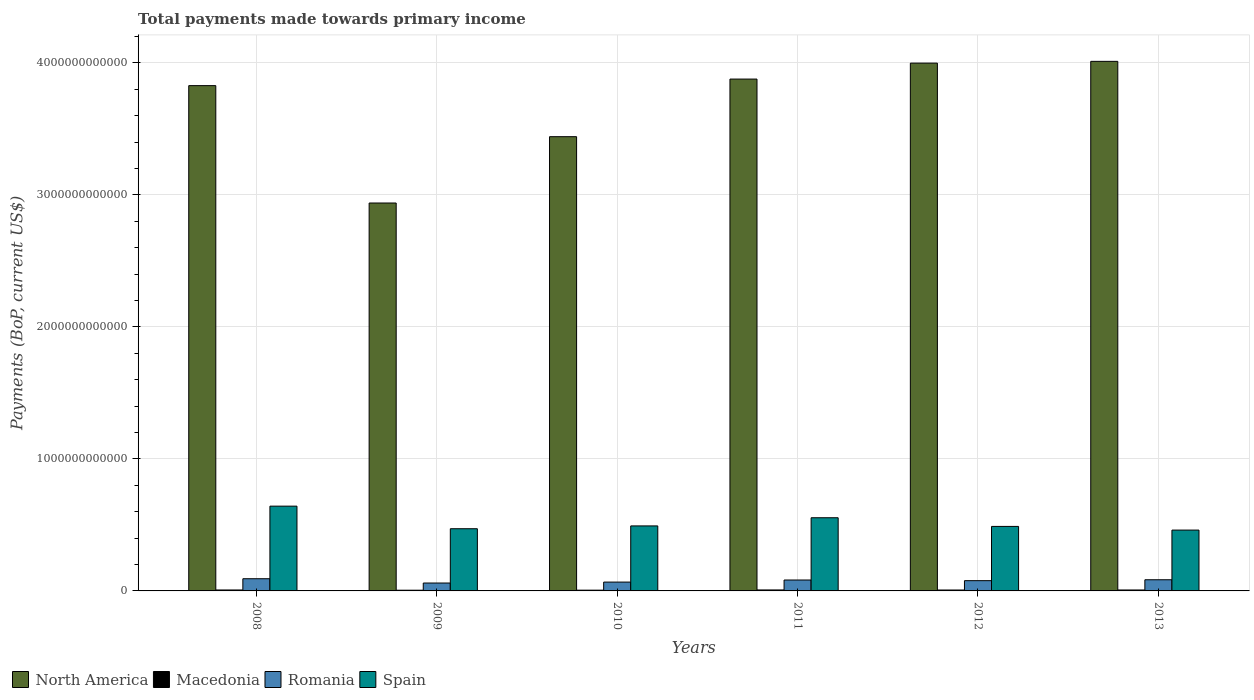
| Years | North America | Macedonia | Romania | Spain |
 | --- | --- | --- | --- | --- |
 | 2008 | 3.83e+12 | 7.21e+09 | 9.23e+10 | 6.42e+11 |
 | 2009 | 2.94e+12 | 5.38e+09 | 5.98e+10 | 4.71e+11 |
 | 2010 | 3.44e+12 | 5.79e+09 | 6.7e+10 | 4.93e+11 |
 | 2011 | 3.88e+12 | 7.35e+09 | 8.27e+10 | 5.54e+11 |
 | 2012 | 4e+12 | 6.92e+09 | 7.77e+10 | 4.89e+11 |
 | 2013 | 4.01e+12 | 7.11e+09 | 8.46e+10 | 4.61e+11 |